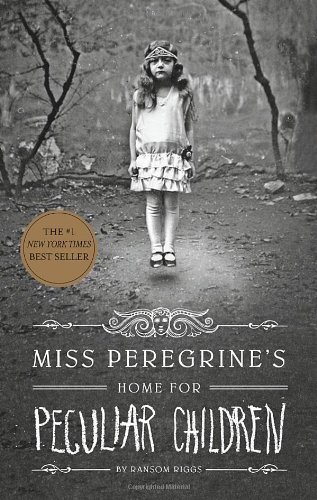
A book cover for Miss Peregrine's Home for Peculiar Children (Miss Peregrine's Peculiar Children); Ransom Riggs; Teen & Young Adult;